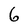
Character: 6